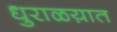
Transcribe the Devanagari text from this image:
धुराळय़ात